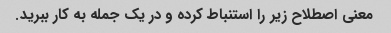
معنی اصطلاح زیر را استنباط کرده و در یک جمله به کار ببرید.